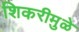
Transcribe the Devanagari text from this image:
शिकरीमुळे